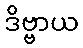
ဒိဗ္ဗာယ